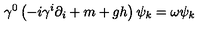
\gamma ^ { 0 } \left( - i \gamma ^ { i } \partial _ { i } + m + g h \right) \psi _ { k } = \omega \psi _ { k }